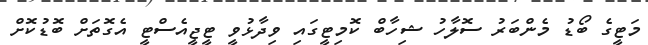
މަޓީގެ ބޯޑު މެންބަރު ސޮލާހު ޝިހާބް ކޮމިޓީގައި ވިދާޅުވީ ޓީޖީއެސްޓީ އެގޮތަށް ބޮޑުކޮށް